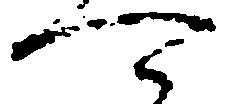
可